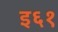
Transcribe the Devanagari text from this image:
इ६१